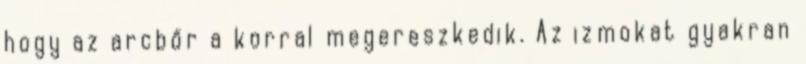
hogy az arcbőr a korral megereszkedik. Az izmokat gyakran